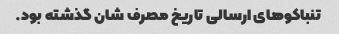
تنباکو‌های ارسالی تاریخ مصرف شان گذشته بود.